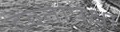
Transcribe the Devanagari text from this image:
देवतांपेक्षा